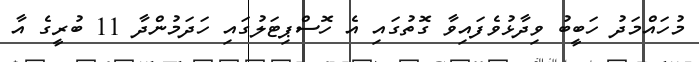
މުހައްމަދު ހަބީބު ވިދާޅުވެފައިވާ ގޮތުގައި އެ ހޮސްޕިޓަލުގައި ހަދަމުންދާ 11 ބުރީގެ އާ